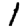
Digit: 1